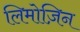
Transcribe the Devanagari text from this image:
लिमोज़िन